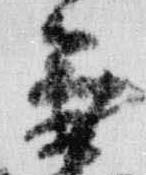
兼